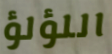
اللؤلؤ